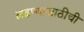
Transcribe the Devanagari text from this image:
लढण्यासाठीची